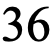
36